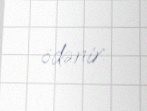
ödənir.